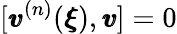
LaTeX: [{\pmb v}^{(n)}({\pmb\xi}),{\pmb v}]=0